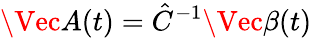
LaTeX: \Vec{A}(t)=\hat{C}^{-1}\Vec{\beta}(t)